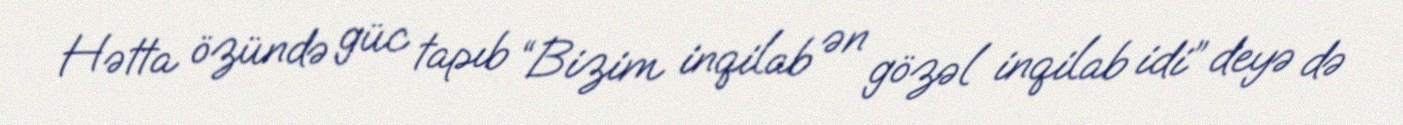
Hətta özündə güc tapıb “Bizim inqilab ən gözəl inqilab idi” deyə də